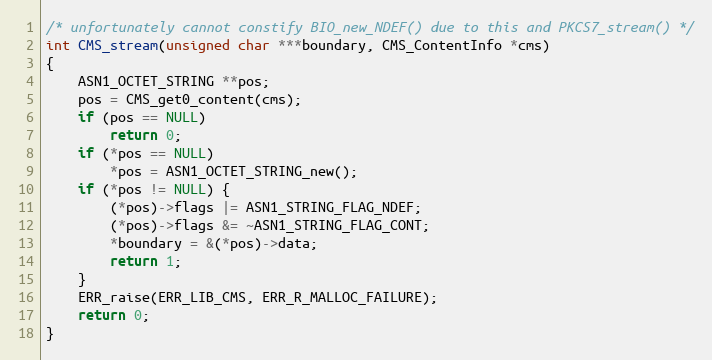
Language: C
/* unfortunately cannot constify BIO_new_NDEF() due to this and PKCS7_stream() */
int CMS_stream(unsigned char ***boundary, CMS_ContentInfo *cms)
{
    ASN1_OCTET_STRING **pos;
    pos = CMS_get0_content(cms);
    if (pos == NULL)
        return 0;
    if (*pos == NULL)
        *pos = ASN1_OCTET_STRING_new();
    if (*pos != NULL) {
        (*pos)->flags |= ASN1_STRING_FLAG_NDEF;
        (*pos)->flags &= ~ASN1_STRING_FLAG_CONT;
        *boundary = &(*pos)->data;
        return 1;
    }
    ERR_raise(ERR_LIB_CMS, ERR_R_MALLOC_FAILURE);
    return 0;
}